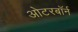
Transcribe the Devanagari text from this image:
ओटरबॉर्न